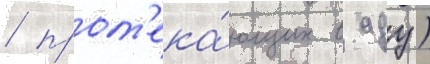
/ прот'ека́ющих в аду)